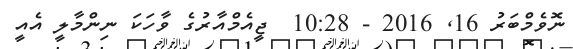
ނޮވެމްބަރު 16